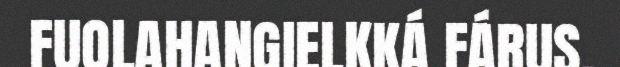
FUOLAHANGIELKKÁ FÁRUS.